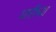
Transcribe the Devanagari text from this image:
घारीच्या